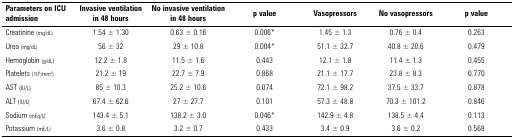
<table><thead><tr><td><b>Parameters on ICU admission</b></td><td><b>Invasive ventilation in 48 hours</b></td><td><b>No invasive ventilation in 48 hours</b></td><td><b>p value</b></td><td><b>Vasopressors</b></td><td><b>No vasopressors</b></td><td><b>p value</b></td></tr></thead><tbody><tr><td>Creatinine (mg/dL)</td><td>1.54 ± 1.30</td><td>0.63 ± 0.16</td><td>0.006*</td><td>1.45 ± 1.3</td><td>0.76 ± 0.4</td><td>0.263</td></tr><tr><td>Urea (mg/dL)</td><td>56 ± 32</td><td>29 ± 10.8</td><td>0.004*</td><td>51.1 ± 32.7</td><td>40.8 ± 20.6</td><td>0.479</td></tr><tr><td>Hemoglobin (g/dL)</td><td>12.2 ± 1.8</td><td>11.5 ± 1.6</td><td>0.443</td><td>12.1 ± 1.8</td><td>11.4 ± 1.3</td><td>0.455</td></tr><tr><td>Platelets (10<sup>5</sup>/mm<sup>3</sup>)</td><td>21.2 ± 19</td><td>22.7 ± 7.9</td><td>0.868</td><td>21.1 ± 17.7</td><td>23.8 ± 8.3</td><td>0.770</td></tr><tr><td>AST (IU/L)</td><td>85 ± 10.3</td><td>25.2 ± 10.6</td><td>0.074</td><td>72.1 ± 98.2</td><td>37.5 ± 33.7</td><td>0.878</td></tr><tr><td>ALT (IU/L)</td><td>67.4 ± 62.6</td><td>27 ± 27.7</td><td>0.101</td><td>57.3 ± 48.8</td><td>70.3 ± 101.2</td><td>0.846</td></tr><tr><td>Sodium (mEq/L)</td><td>143.4 ± 5.1</td><td>138.2 ± 3.0</td><td>0.046*</td><td>142.9 ± 4.8</td><td>138.5 ± 4.4</td><td>0.113</td></tr><tr><td>Potassium (mE/L)</td><td>3.6 ± 0.8</td><td>3.2 ± 0.7</td><td>0.433</td><td>3.4 ± 0.9</td><td>3.6 ± 0.2</td><td>0.568</td></tr></tbody></table>